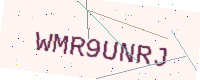
Text: WMR9UNRJ